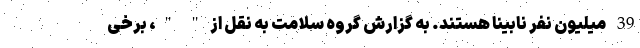
39 میلیون نفر نابینا هستند. به گزارش گروه سلامت به نقل از " "، برخی